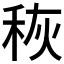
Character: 𮃃